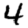
Digit: 4